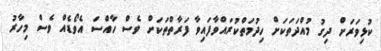
ކުޅިވަރަށް ދިގު މުއްދަތަކަށް ހިދުމަތްކުރައްވާފައިވާ ފަރާތްތަކަށް ވެސް ހާއްސަ އެވޯޑެއް ވެސް މިހާރު